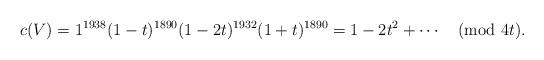
LaTeX: \begin{gather*} c(V) = 1^{1938} (1-t)^{1890} (1-2t)^{1932} (1+t)^{1890} = 1 - 2 t^2 + \cdots \pmod {4t}. \end{gather*}